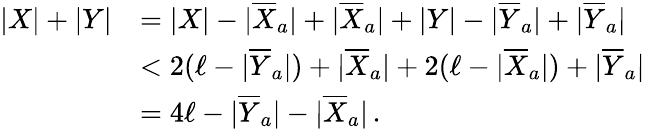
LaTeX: \begin{array}{rl}{|X|+|Y|}&{=|X|-|\overline{{X}}_{a}|+|\overline{{X}}_{a}|+|Y|-|\overline{{Y}}_{a}|+|\overline{{Y}}_{a}|}\\ &{<2(\ell-|\overline{{Y}}_{a}|)+|\overline{{X}}_{a}|+2(\ell-|\overline{{X}}_{a}|)+|\overline{{Y}}_{a}|}\\ &{=4\ell-|\overline{{Y}}_{a}|-|\overline{{X}}_{a}|\, .}\end{array}